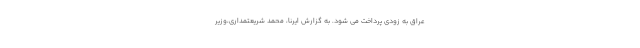
عراق به زودی پرداخت می شود. به گزارش ایرنا، محمد شریعتمداری،وزیر